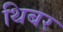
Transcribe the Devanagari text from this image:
थिबर